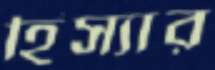
হিস্যার